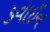
ડવાઈન